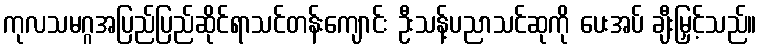
ကုလသမဂ္ဂအပြည်ပြည်ဆိုင်ရာသင်တန်းကျောင်း ဦးသန့်ပညာသင်ဆုကို ပေးအပ် ချီးမြှင့်သည်။